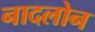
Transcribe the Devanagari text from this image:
नादलोन